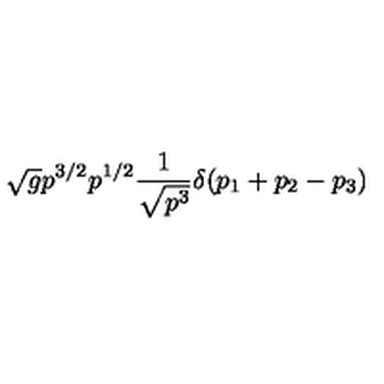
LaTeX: \sqrt { g } p ^ { 3 / 2 } p ^ { 1 / 2 } { \frac { 1 } { \sqrt { p ^ { 3 } } } } \delta ( p _ { 1 } + p _ { 2 } - p _ { 3 } )